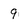
Character: 9